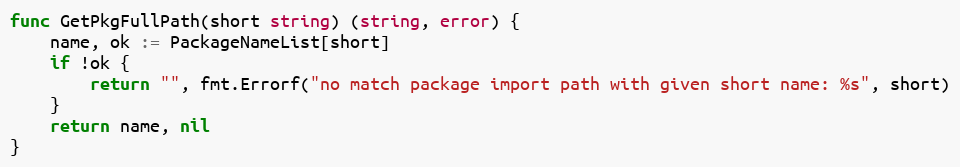
Language: Go
func GetPkgFullPath(short string) (string, error) {
	name, ok := PackageNameList[short]
	if !ok {
		return "", fmt.Errorf("no match package import path with given short name: %s", short)
	}
	return name, nil
}